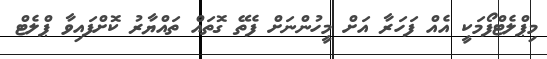
މިޕްލެޓްފޯމަކީ އެއް ފަހަރާ އަށް މީހުންނަށް ފެތޭ ގޮތައް ތައްޔާރު ކޮށްފައިވާ ޕްލެޓް